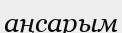
аңсарым